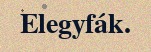
Elegyfák.